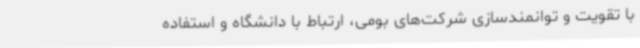
با تقویت و توانمندسازی شرکت‌های بومی، ارتباط با دانشگاه و استفاده